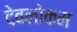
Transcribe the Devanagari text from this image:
देवलोकम